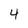
Character: 4